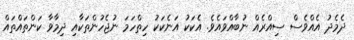
ދެމެދު އެއްވެސް ސިއްރެއް ނުބާއްވައެވެ. އެކަކު އަނެކަކު ހިތްހަމަ ނުޖެހުންތަކާއި ދިމާވާ ކަންތައްތައް